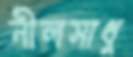
নীলসাধু